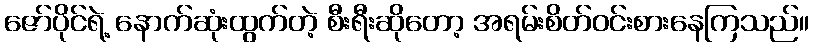
ဇော်ပိုင်ရဲ့ နောက်ဆုံးထွက်တဲ့ စီးရီးဆိုတော့ အရမ်းစိတ်ဝင်းစားနေကြသည်။